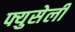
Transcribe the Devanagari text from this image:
फ्युसेली